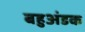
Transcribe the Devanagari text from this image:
बहुअंडक